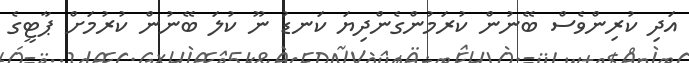
އަދި ކުރިންވެސް ބޭނުން ކުރަމުންގެންދިޔަ ކަނޑު ނޫ ކުލަ ބޭނުން ކުރުމަށް ޕާޓީގެ